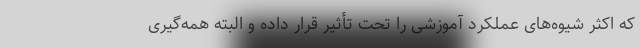
که اکثر شیوه‌های عملکرد آموزشی را تحت تأثیر قرار داده و البته همه‌گیری